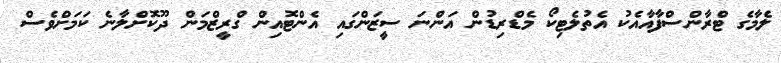
ލެމާގެ ޓްރާންސްފާއާއެކު އެތުލެޓިކޯ މެޑްރިޑުން އަންނަ ސީޒަންގައި އެންޓޮއިން ގްރީޒްމަން ދޫކޮށްލާނެ ކަމަށްވެސް